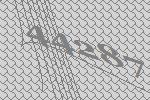
44287